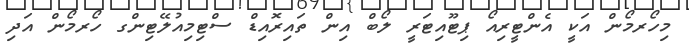
މިހޯރމޯން އަކީ އެންޓީރިއޯ ޕިޓޫއިޓަރީ ލޯބް އިން ތައިރޮއިޑް ސްޓިމިއުލޭޓިންގ ހޯރމޯން އަދި